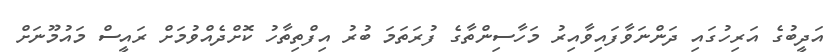
އަދީބުގެ އަރިހުގައި ދަންނަވާފައިވާއިރު މަހާސިންތާގެ ފުރަތަމަ ބުރު އިފްތިތާހު ކޮށްދެއްވުމަށް ރައީސް މައުމޫނަށް